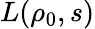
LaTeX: L(\rho_{0},s)